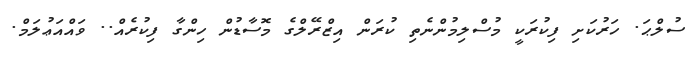
ސުލްޙަ. ހަރުކަށި ފިކުރަކީ މުސްލިމުންނެތި ކުރަން އިޒްރޭލްގެ މޮސާޑުން ހިންގާ ފިކުރެއް.. ވައްއަޢުލަމް.